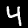
Label: 4